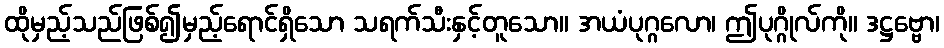
ထိုမှည့်သည်ဖြစ်၍မှည့်ရောင်ရှိသော သရက်သီးနှင့်တူသော။ အယံပုဂ္ဂလော၊ ဤပုဂ္ဂိုလ်ကို။ ဒဋ္ဌဗ္ဗော၊